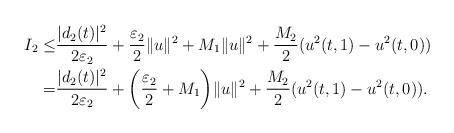
LaTeX: \begin{align*}I_2\leq& \frac{|d_2(t)|^2}{2\varepsilon_2}+\frac{\varepsilon_2}{2}\|u\|^2+M_1\|u\|^2+\frac{M_2}{2}(u^2(t,1)- u^2(t,0))\\=&\frac{|d_2(t)|^2}{2\varepsilon_2}+\bigg(\frac{\varepsilon_2}{2}+M_1\bigg)\|u\|^2+\frac{M_2}{2}(u^2(t,1)- u^2(t,0)).\end{align*}